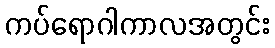
ကပ်ရောဂါကာလအတွင်း